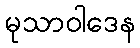
မုသာဝါဒေန